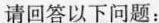
请回答以下问题：